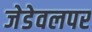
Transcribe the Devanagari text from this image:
जेडेवलपर